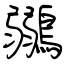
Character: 鶸